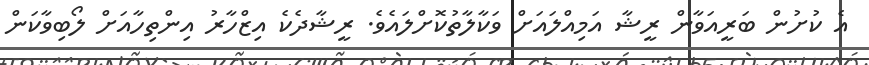
އެ ކުށުން ބަރީއަވާާން ރީޝާ އަމިއްލައަށް ވަކާލާތުކޮށްލައެވެ. ރީޝާދެކެ އިޒްހާރު އިންތިހާއަށް ލޯބިވާކަން